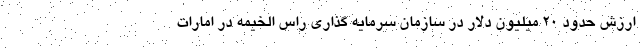
ارزش حدود ۲۰ میلیون دلار در سازمان سرمایه گذاری راس الخیمه در امارات